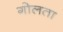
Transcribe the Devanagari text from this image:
गोलता